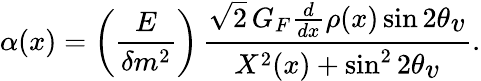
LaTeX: \alpha(x)=\left({\frac{E}{\delta m^{2}}}\right)\, {\frac{\sqrt 2\, G_{F}{\frac{d}{dx}}\rho(x)\sin 2\theta_{\textstyle v}}{X^{2}(x)+\sin^{2}2\theta_{\textstyle v}}}.